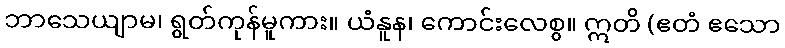
ဘာသေယျာမ၊ ရွတ်ကုန်မူကား။ ယံနူန၊ ကောင်းလေစွ။ ဣတိ (ဧတံ ဧသော